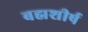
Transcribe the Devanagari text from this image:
बह्मशीर्ष